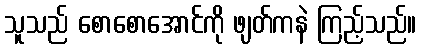
သူသည် စောစောအောင်ကို ဖျတ်ကနဲ ကြည့်သည်။